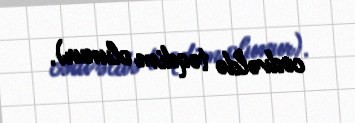
cədvəldə təqdim olunur).